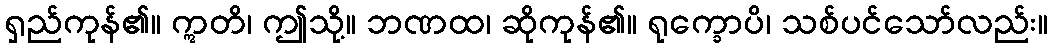
ရှည်ကုန်၏။ ဣတိ၊ ဤသို့။ ဘဏထ၊ ဆိုကုန်၏။ ရုက္ခောပိ၊ သစ်ပင်သော်လည်း။